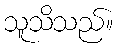
သူသိသည်။